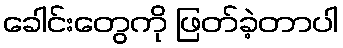
ခေါင်းတွေကို ဖြတ်ခဲ့တာပါ